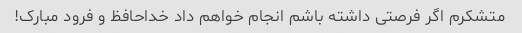
متشکرم اگر فرصتی داشته باشم انجام خواهم داد خداحافظ و فرود مبارک!